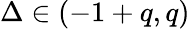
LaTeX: \Delta\in(-1+q,q)